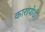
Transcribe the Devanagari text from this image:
कारांपोडी